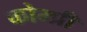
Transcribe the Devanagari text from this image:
कोम्प्री